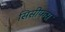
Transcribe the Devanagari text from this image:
सिसीफस